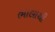
ભાલાથી